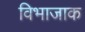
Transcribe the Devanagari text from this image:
विभाजाक